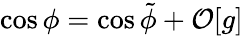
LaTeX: \cos\phi=\cos\tilde{\phi}+\mathcal{O}[g]